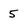
Character: 5